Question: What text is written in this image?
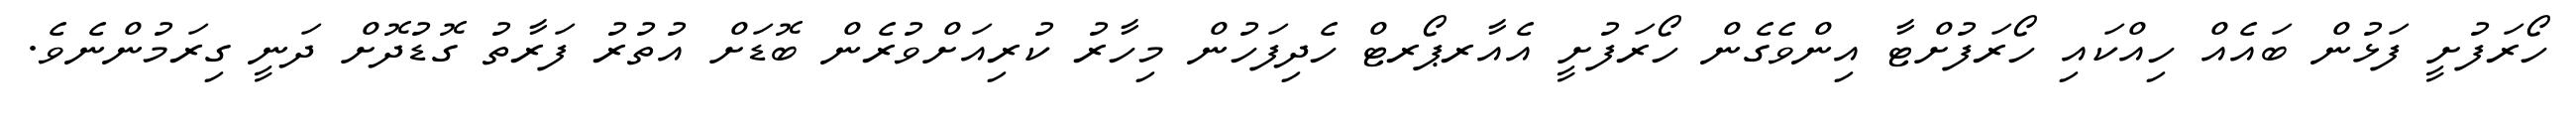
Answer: ހޯރަފުށީ ފަޅުން ބައެއް ހިއްކައި ހޯރަފުށްޓާ އިންވެގެން ހޯރަފުށީ އެއާރޕޯރޓް ހެދިފަހުން މިހާރު ކުރިއަށްވުރެން ބޮޑަށް އުތުރު ފަރާތު ގޮޑުދޮށް ދަނީ ގިރަމުންނެވެ.